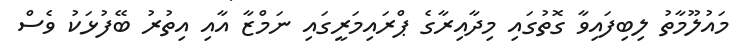
މައުލޫމާތު ލިބިފައިވާ ގޮތުގައި މިދާއިރާގެ ޕްރައިމަރީގައި ނަމްޒާ އާއި އިތުރު ބޭފުޅަކު ވެސް